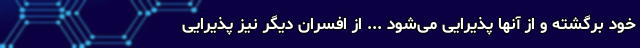
خود برگشته و از آنها پذیرایی می‌شود ... از افسران دیگر نیز پذیرایی